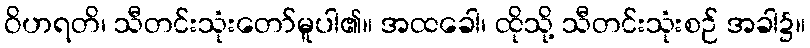
ဝိဟရတိ၊ သီတင်းသုံးတော်မူပါ၏။ အထခေါ၊ ထိုသို့ သီတင်းသုံးစဉ် အခါ၌။